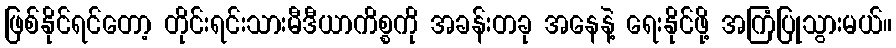
ဖြစ်နိုင်ရင်တော့ တိုင်းရင်းသားမီဒီယာကိစ္စကို အခန်းတခု အနေနဲ့ ရေးနိုင်ဖို့ အကြံပြုသွားမယ်။